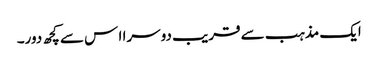
ایک مذہب سے قریب دوسرا ا س سے کچھ دور۔